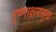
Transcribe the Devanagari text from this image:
तृष्णाक्षयसुख